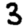
Digit: 3